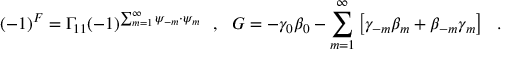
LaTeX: ( - 1 ) ^ { F } = \Gamma _ { 1 1 } ( - 1 ) ^ { \sum _ { m = 1 } ^ { \infty } \psi _ { - m } \cdot \psi _ { m } } ~ ~ , ~ ~ { G } = - \gamma _ { 0 } \beta _ { 0 } - \sum _ { m = 1 } ^ { \infty } \left[ \gamma _ { - m } \beta _ { m } + \beta _ { - m } \gamma _ { m } \right] ~ ~ .